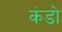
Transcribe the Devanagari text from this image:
कंडो